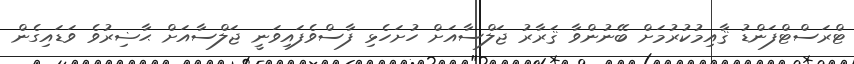
ޓްރަސްޓްފަންޑު ޤާއިމުކުރުމަށް ބޭނުންވާ ޤަރާރު ޖަލްސާއަށް ހުށަހެޅި ފާސްވެފައިވަނީ ޖަލްސާއަށް ޙާޟިރުވެ ވަޑައިގެން